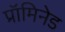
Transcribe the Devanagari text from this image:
प्रॉमिनेड